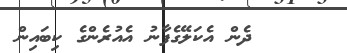
ދެން އެކަލޭގެފާނު އެއުރެންގެ ކިބައިން